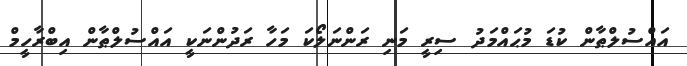
އައްސުލްޠާން ކުޑަ މުޙައްމަދު ސިރީ މަނި ރަންނަލޯކަ މަހާ ރަދުންނަކީ އައްސުލްޠާން އިބްރާހީމް